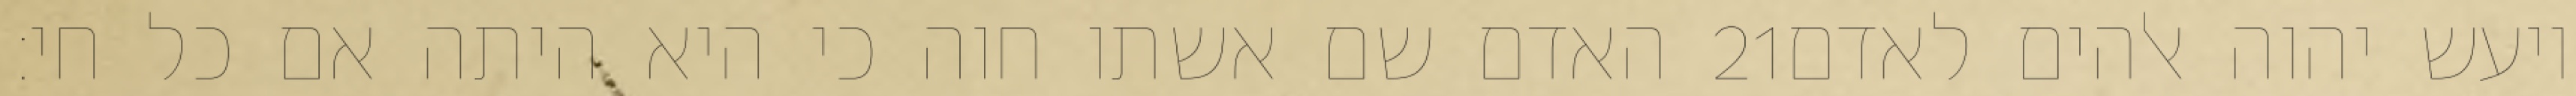
האדם שם אשתו חוה כי היא היתה אם כל חי׃ ‎21‏ ויעש יהוה אלהים לאדם